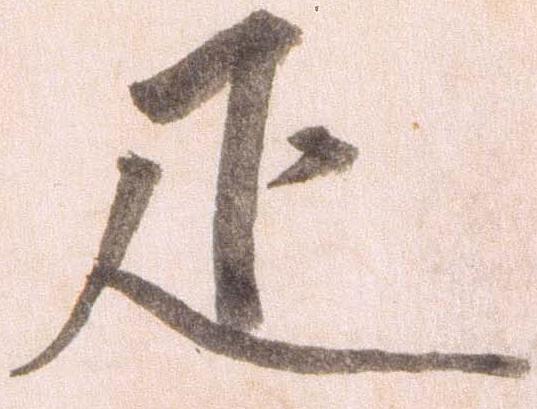
疋